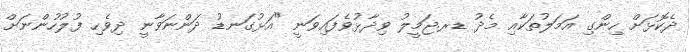
ދެކޮޅަށް ހިންގި އަމަލުތަކާއި މެެދު ޑރ.ޖަމީލު ވިދާޅުވެފައިވަނީ "އަޅުގަނޑު ދަންނަވާނީ ދިވެހި ފުލުހުންނަށް